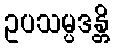
ဥပသမ္ပဒန္တိ